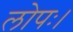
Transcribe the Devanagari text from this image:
लोपः।